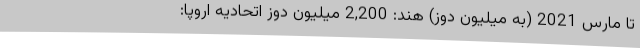
تا مارس 2021 (به میلیون دوز) هند: 2,200 میلیون دوز اتحادیه اروپا: